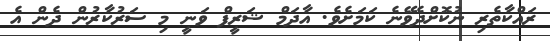
ރައްކާތެރި ނުކޮށްދެވޭނެ ކަމަށެވެ. އާދަމް ޝަރީފް ވަނީ މި ސަރުކާރުން ދެން އެ